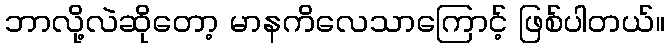
ဘာလို့လဲဆိုတော့ မာနကိလေသာကြောင့် ဖြစ်ပါတယ်။